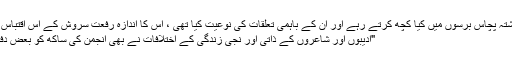
ترقی پسند مصنفین گزشتہ پچاس برسوں میں کیا کچھ کرتے رہے اور ان کے باہمی تعلقات کی نوعیت کیا تھی ، اس کا اندازہ رفعت سروش کے اس اقتباس سے کیا جا سکتا ہے :
"ادیبوں اور شاعروں کے ذاتی اور نجی زندگی کے اختلافات نے بھی انجمن کی ساکھ کو بعض دفعہ بہت نقصان پہنچایا۔